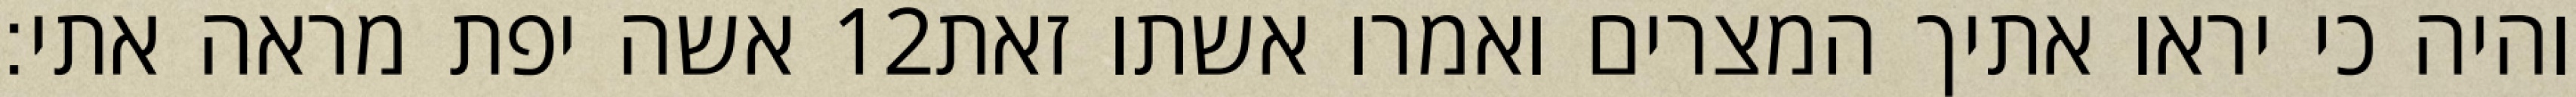
אשה יפת מראה אתי׃ ‎12‏ והיה כי יראו אתיך המצרים ואמרו אשתו זאת